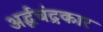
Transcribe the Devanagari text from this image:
अर्द्धचंद्रकार